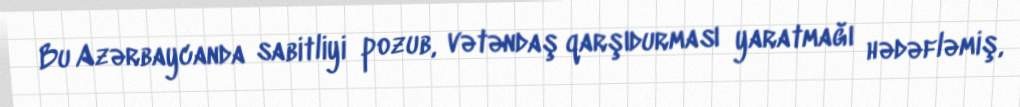
Bu Azərbaycanda sabitliyi pozub, vətəndaş qarşıdurması yaratmağı hədəfləmiş,